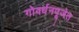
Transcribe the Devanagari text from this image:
गोवर्धनपूजेत